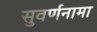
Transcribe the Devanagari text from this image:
सुवर्णनामा